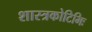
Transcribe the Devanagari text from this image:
शास्त्रकोटिभिः